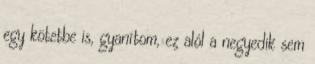
egy kötetbe is, gyanítom, ez alól a negyedik sem